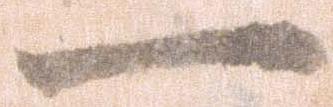
一